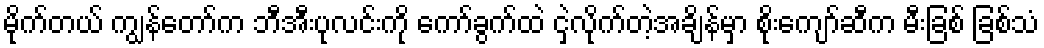
မိုက်တယ် ကျွန်တော်က ဘီအီးပုလင်းကို ကော်ခွက်ထဲ ငှဲ့လိုက်တဲ့အချိန်မှာ စိုးကျော်ဆီက မီးခြစ် ခြစ်သံ